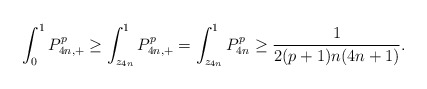
\begin{align*} \int_0^1P_{4n,+}^p \geq \int_{z_{4n}}^1 P_{4n,+}^p = \int_{z_{4n}}^1 P_{4n}^p \geq \frac{1}{2(p+1)n(4n+1)}. \end{align*}